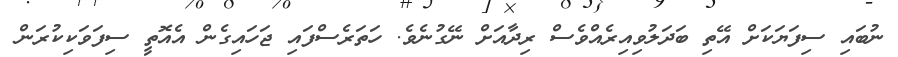
ނުބައި ސިފަޔަކަށް އޭތި ބަދަލުވިއިރެއްވެސް ރިދާއަށް ނޭގުނެވެ. ހަތަރެސްފައި ޖަހައިގެން އެއޮތީ ސިފަވަކިކުރަން